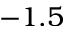
- 1 . 5